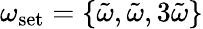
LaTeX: \omega_{\textrm{set}}=\{ \tilde{\omega},\tilde{\omega},3\tilde{\omega}\}